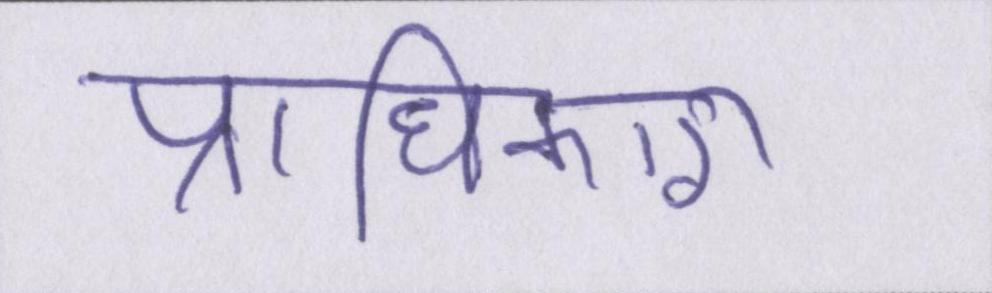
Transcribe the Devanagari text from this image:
प्राधिकारी